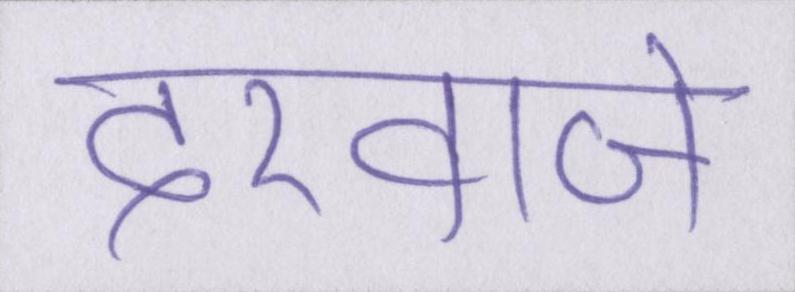
दरवाजे